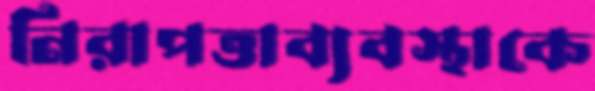
নিরাপত্তাব্যবস্থাকে